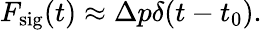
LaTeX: F_{\mathrm{sig}}(t)\approx\Delta p\delta(t-t_{0}).